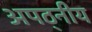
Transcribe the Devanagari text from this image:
अपठ्नीय